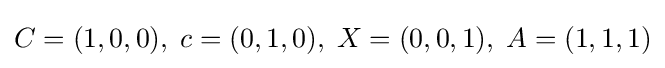
C=(1,0,0),\;c=(0,1,0),\;X=(0,0,1),\;A=(1,1,1)